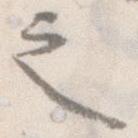
之